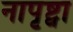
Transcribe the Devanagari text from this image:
नापृष्ट्वा